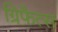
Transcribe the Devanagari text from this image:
ग्रिफैत्स